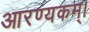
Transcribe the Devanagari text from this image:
आरण्यकम्।